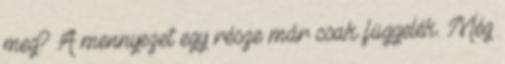
meg? A mennyezet egy része már csak függelék. Még